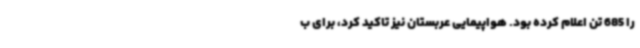
را 685 تن اعلام کرده بود. هواپیمایی عربستان نیز تاکید کرد، برای ب